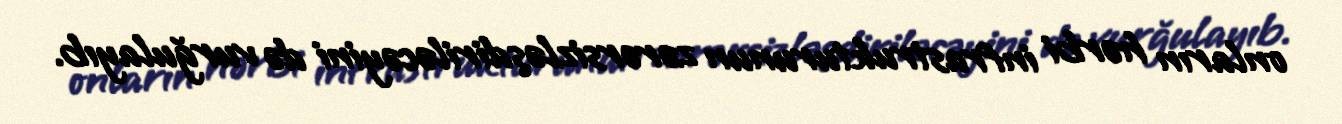
onların hərbi infrastrukturunun zərərsizləşdiriləcəyini də vurğulayıb.